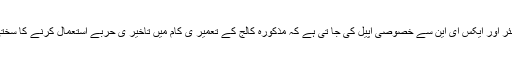
وزیر تعلیم ، وزیر تعمیرات ، چیف سیکریٹری ، سیکریٹری ورکس ، سیکریٹری تعلیم ،چیف انجینئر اور ایکس ای این سے خصوصی اپیل کی جا تی ہے کہ مذکورہ کالج کے تعمیر ی کام میں تاخیر ی حربے استعمال کرنے کا سختی سے نوٹس لیا جائے اور رواں سال کے اگست کے آخر تک کالج کی تعمیر کو یقینی بنایا جائے۔